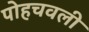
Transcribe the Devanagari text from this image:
पोहचवली